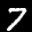
Label: 7